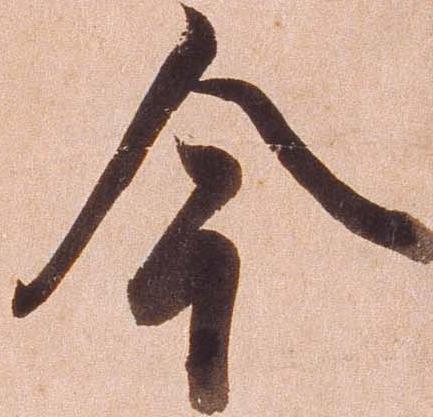
今